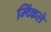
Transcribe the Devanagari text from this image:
म्च्किंले